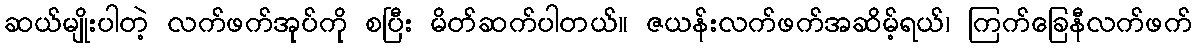
ဆယ်မျိုးပါတဲ့ လက်ဖက်အုပ်ကို စပြီး မိတ်ဆက်ပါတယ်။ ဇယန်းလက်ဖက်အဆိမ့်ရယ်၊ ကြက်ခြေနီလက်ဖက်